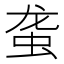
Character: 𰲴